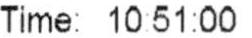
TIME: 10:51:00